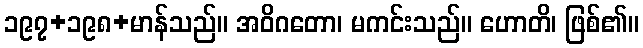
၁၉၇+၁၉၈+မာန်သည်။ အဝိဂတော၊ မကင်းသည်။ ဟောတိ၊ ဖြစ်၏။